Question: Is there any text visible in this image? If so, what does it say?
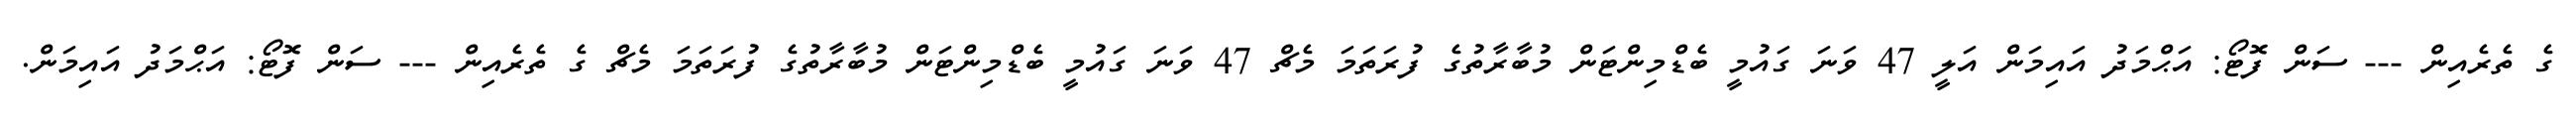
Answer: ގެ ތެރެއިން --- ސަން ފޮޓޯ: އަޙްމަދު އައިމަން އަލީ 47 ވަނަ ގައުމީ ބެޑްމިންޓަން މުބާރާތުގެ ފުރަތަމަ މެޗް 47 ވަނަ ގައުމީ ބެޑްމިންޓަން މުބާރާތުގެ ފުރަތަމަ މެޗް ގެ ތެރެއިން --- ސަން ފޮޓޯ: އަޙްމަދު އައިމަން.